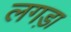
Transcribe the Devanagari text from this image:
लगड़ा